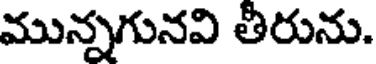
మున్నగునవి తీరును.